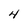
Character: 4